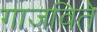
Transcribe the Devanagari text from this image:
गाजविते